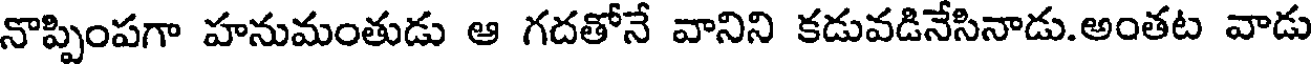
నాప్పింపగా హనుమంతుడు ఆ గదతోనే వానిని కడువడినేసినాడు.అంతట వాడు